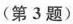
第3题